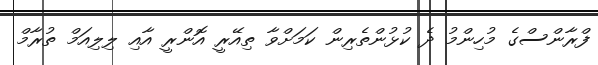
ފްރާންސްގެ މުހިންމު ދެ ކުޅުންތެރިން ކަމަށްވާ ތިއޭރީ އޮންރީ އާއި ލިލިއަމް ތުރާމް